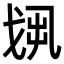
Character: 𢦻